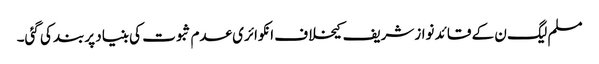
مسلم لیگ ن کے قائد نوازشریف کیخلاف انکوائری عدم ثبوت کی بنیاد پربند کی گئی۔